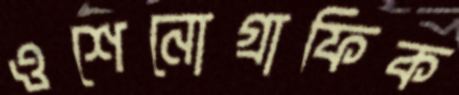
ওশেনোগ্রাফিক